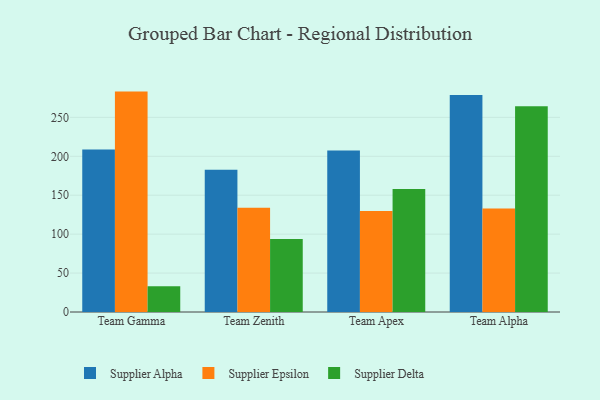
{"axis": {"x": "Team", "y": "Headcount"}, "legend": ["Supplier Alpha", "Supplier Delta", "Supplier Epsilon"], "data": [{"x": "Team Gamma", "y": 208.8, "type": "Supplier Alpha"}, {"x": "Team Gamma", "y": 283.1, "type": "Supplier Epsilon"}, {"x": "Team Gamma", "y": 33.1, "type": "Supplier Delta"}, {"x": "Team Zenith", "y": 182.7, "type": "Supplier Alpha"}, {"x": "Team Zenith", "y": 133.9, "type": "Supplier Epsilon"}, {"x": "Team Zenith", "y": 93.9, "type": "Supplier Delta"}, {"x": "Team Apex", "y": 207.4, "type": "Supplier Alpha"}, {"x": "Team Apex", "y": 129.6, "type": "Supplier Epsilon"}, {"x": "Team Apex", "y": 158.1, "type": "Supplier Delta"}, {"x": "Team Alpha", "y": 278.8, "type": "Supplier Alpha"}, {"x": "Team Alpha", "y": 133.0, "type": "Supplier Epsilon"}, {"x": "Team Alpha", "y": 264.4, "type": "Supplier Delta"}]}